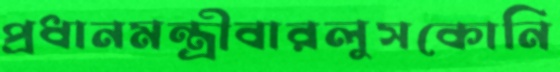
প্রধানমন্ত্রীবারলুসকোনি